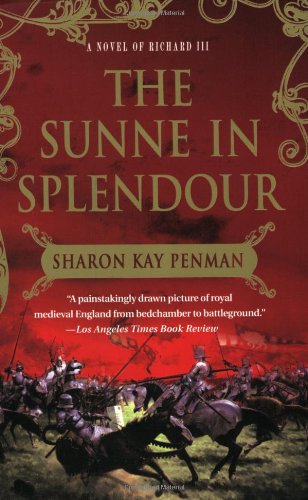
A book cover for The Sunne In Splendour: A Novel of Richard III; Sharon Kay Penman; Literature & Fiction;